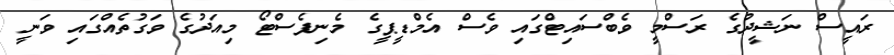
ރައީސް ނަޝީދުގެ ރަސްމީ ވެބްސައިޓްގައި ވެސް އެމްޑީޕީގެ މެނިފެސްޓޯ މިއަދުގެ ވަގުތެއްގައި ވަނީ